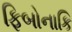
ફિબોનાકિ